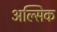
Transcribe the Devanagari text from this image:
अल्सिक